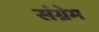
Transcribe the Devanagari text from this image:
संग्रेम